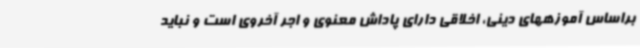
براساس آموزههای دینی، اخلاقی دارای پاداش معنوی و اجر آخروی است و نباید